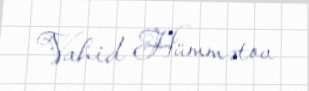
Vahid Hümmətov